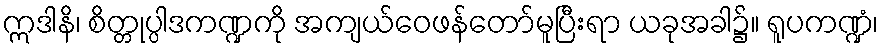
ဣဒါနိ၊ စိတ္တုပ္ပါဒကဏ္ဍကို အကျယ်ဝေဖန်တော်မူပြီးရာ ယခုအခါ၌။ ရူပကဏ္ဍံ၊